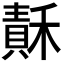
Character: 𥡯